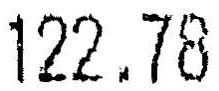
122.78